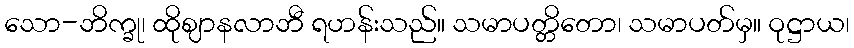
သော-ဘိက္ခု၊ ထိုဈာနလာဘီ ရဟန်းသည်။ သမာပတ္တိတော၊ သမာပတ်မှ။ ဝုဋ္ဌာယ၊